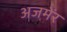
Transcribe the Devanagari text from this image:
अजमेंर